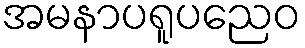
အမနာပရူပညေဝ